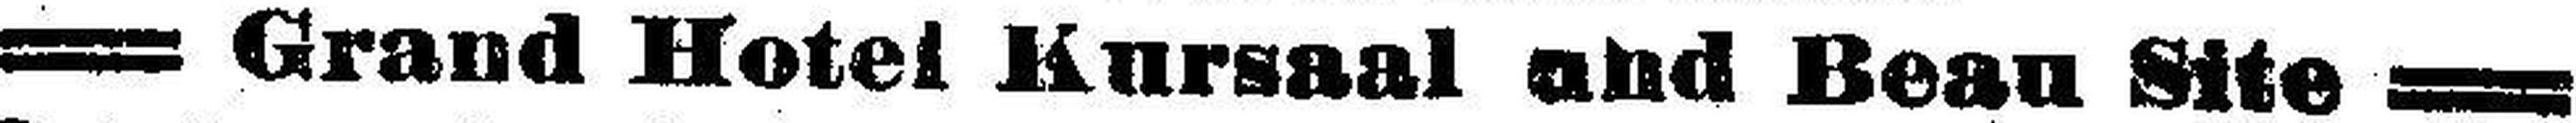
Grand Hotel Kursaal and Beau Site